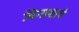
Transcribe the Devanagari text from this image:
विनाशाचे